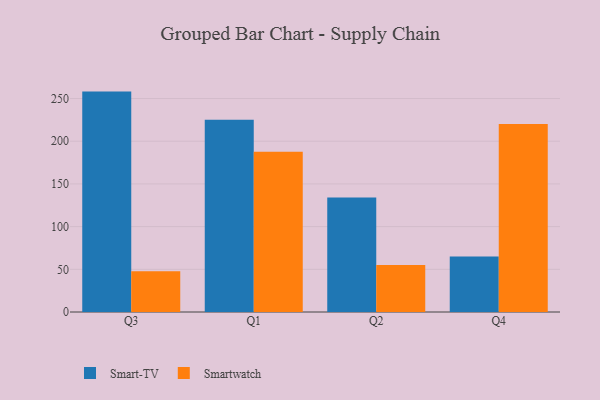
{"axis": {"x": "Quarter", "y": "Operating Costs (USD K)"}, "legend": ["Smart-TV", "Smartwatch"], "data": [{"x": "Q3", "y": 258.1, "type": "Smart-TV"}, {"x": "Q3", "y": 47.7, "type": "Smartwatch"}, {"x": "Q1", "y": 225.2, "type": "Smart-TV"}, {"x": "Q1", "y": 187.6, "type": "Smartwatch"}, {"x": "Q2", "y": 134.2, "type": "Smart-TV"}, {"x": "Q2", "y": 55.0, "type": "Smartwatch"}, {"x": "Q4", "y": 64.9, "type": "Smart-TV"}, {"x": "Q4", "y": 220.2, "type": "Smartwatch"}]}